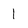
Character: 1